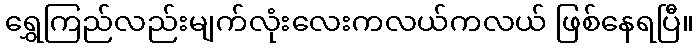
ရွှေကြည်လည်းမျက်လုံးလေးကလယ်ကလယ် ဖြစ်နေရပြီ။